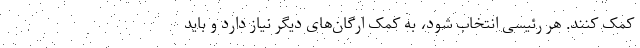
کمک کنند. هر رئیسی انتخاب شود، به کمک ارگان‌های دیگر نیاز دارد و باید